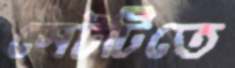
সেটটিতে